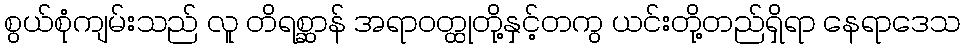
စွယ်စုံကျမ်းသည် လူ တိရစ္ဆာန် အရာဝတ္ထုတို့နှင့်တကွ ယင်းတို့တည်ရှိရာ နေရာဒေသ